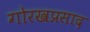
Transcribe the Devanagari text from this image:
गोरखप्रसाद